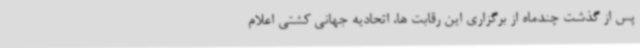
پس از گذشت چندماه از برگزاری این رقابت ها، اتحادیه جهانی کشتی اعلام